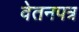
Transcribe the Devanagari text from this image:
वेतनपत्र